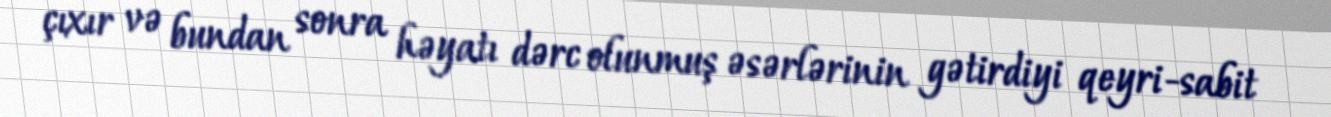
çıxır və bundan sonra həyatı dərc olunmuş əsərlərinin gətirdiyi qeyri-sabit